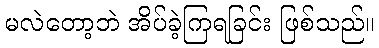
မလဲတော့ဘဲ အိပ်ခဲ့ကြရခြင်း ဖြစ်သည်။